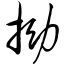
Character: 拗